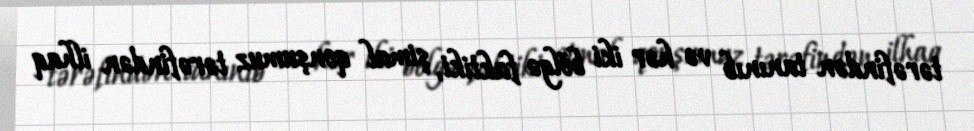
tərəfindən tanınıb və hər iki bölgə faktiki, şimal qonşumuz tərəfindən ilhaq